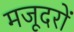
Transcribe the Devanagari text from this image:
मजूदरों